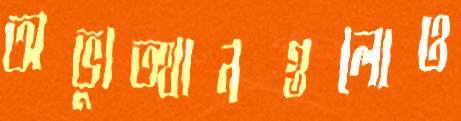
অভ্যুত্থানগুলোও